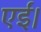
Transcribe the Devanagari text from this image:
एईं।